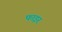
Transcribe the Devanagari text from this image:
फाइर